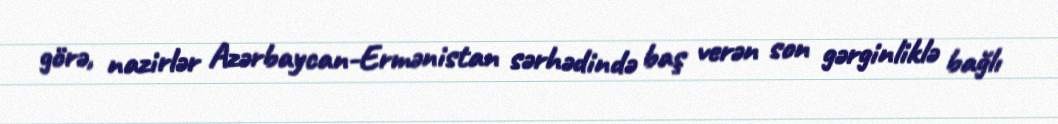
görə, nazirlər Azərbaycan-Ermənistan sərhədində baş verən son gərginliklə bağlı